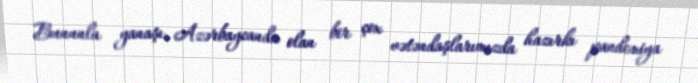
Bununla yanaşı, Azərbaycanda olan bir çox vətəndaşlarımızda hazırkı pandemiya